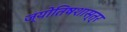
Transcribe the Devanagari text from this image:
ज्याेतिषशास्त्र